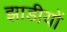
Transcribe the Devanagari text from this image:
झाडीयों